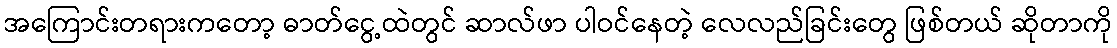
အကြောင်းတရားကတော့ ဓာတ်ငွေ့ထဲတွင် ဆာလ်ဖာ ပါဝင်နေတဲ့ လေလည်ခြင်းတွေ ဖြစ်တယ် ဆိုတာကို